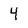
Character: 4